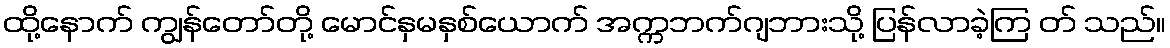
ထို့နောက် ကျွန်တော်တို့ မောင်နှမနှစ်ယောက် အက္ကဘက်ဂျဘားသို့ ပြန်လာခဲ့ကြ တ် သည်။